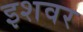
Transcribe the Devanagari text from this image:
इशवर